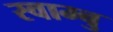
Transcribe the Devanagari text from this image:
स्वाम्बु